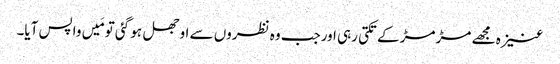
عنیزہ مجھے مڑ مڑ کے تکتی رہی اورجب وہ نظروں سے اوجھل ہو گئی تو مَیں واپس آیا۔